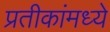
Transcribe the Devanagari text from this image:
प्रतीकांमध्ये